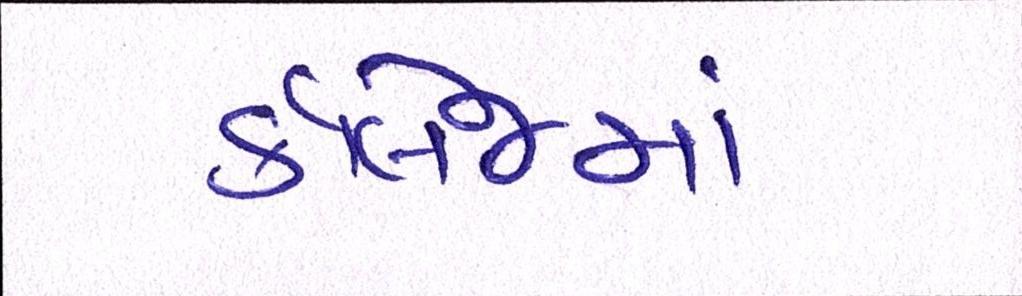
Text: કૉલેજમાં